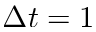
\Delta t = 1